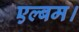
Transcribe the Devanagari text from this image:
एल्बम।